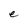
Character: e